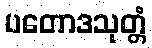
ပတောဒသုတ္တံ